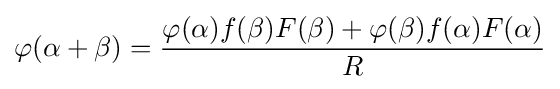
\varphi (\alpha +\beta )={\frac {\varphi (\alpha )f(\beta )F(\beta )+\varphi (\beta )f(\alpha )F(\alpha )}{R}}